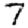
Digit: 7